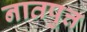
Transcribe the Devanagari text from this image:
नातपुत्त